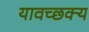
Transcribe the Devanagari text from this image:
यावच्छक्य